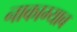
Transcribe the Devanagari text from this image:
नाकाम्याब